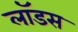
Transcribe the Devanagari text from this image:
लॉडस